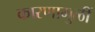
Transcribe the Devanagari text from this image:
कारणामुळीं